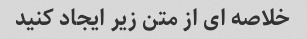
خلاصه ای از متن زیر ایجاد کنید